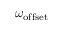
\omega _ { \mathrm { o f f s e t } }